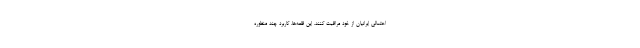
احتمالی ایرانیان از خود مراقبت کنند. این قلعه‌ها، کاربرد چند منظوره